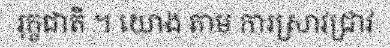
រុក្ខជាតិ ។ យោង តាម ការស្រាវជ្រាវ